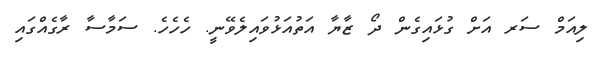
ލިއަމް ސަރ އަށް ގުޅައިގެން ދޯ ޒާޔާ އަތުއަޅުވައިލެވޭނީ. ހެހެހެ. ސަމާސާ ރާގެއްގައި